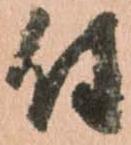
付